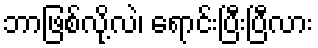
ဘာဖြစ်လို့လဲ၊ ရောင်းပြီးပြီလား